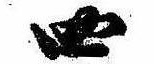
四